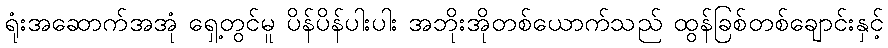
ရုံးအဆောက်အအုံ ရှေ့တွင်မူ ပိန်ပိန်ပါးပါး အဘိုးအိုတစ်ယောက်သည် ထွန်ခြစ်တစ်ချောင်းနှင့်